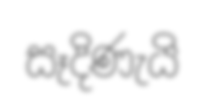
සෑදිණැයි